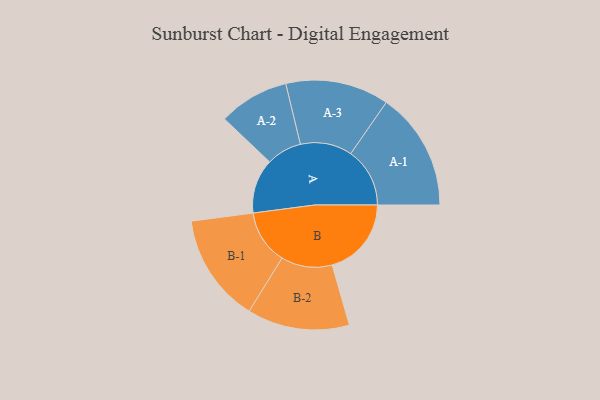
{"axis": {"x": "Segment", "y": "Value"}, "legend": ["", "A", "B"], "data": [{"x": "A", "y": 274, "type": ""}, {"x": "B", "y": 398, "type": ""}, {"x": "A-1", "y": 297, "type": "A"}, {"x": "A-2", "y": 177, "type": "A"}, {"x": "A-3", "y": 260, "type": "A"}, {"x": "B-1", "y": 273, "type": "B"}, {"x": "B-2", "y": 257, "type": "B"}]}